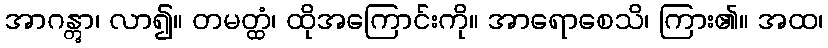
အာဂန္တွာ၊ လာ၍။ တမတ္ထံ၊ ထိုအကြောင်းကို။ အာရောစေသိ၊ ကြား၏။ အထ၊